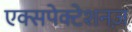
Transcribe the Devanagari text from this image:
एक्सपेक्टेशनज़